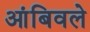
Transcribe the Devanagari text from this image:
आंबिवले